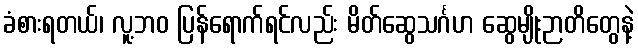
ခံစားရတယ်၊ လူ့ဘဝ ပြန်ရောက်ရင်လည်း မိတ်ဆွေသင်္ဂဟ ဆွေမျိုးဉာတိတွေနဲ့